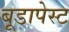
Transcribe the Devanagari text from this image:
बूडापेस्ट